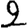
Digit: 2